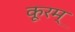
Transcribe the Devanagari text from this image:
कूरम्